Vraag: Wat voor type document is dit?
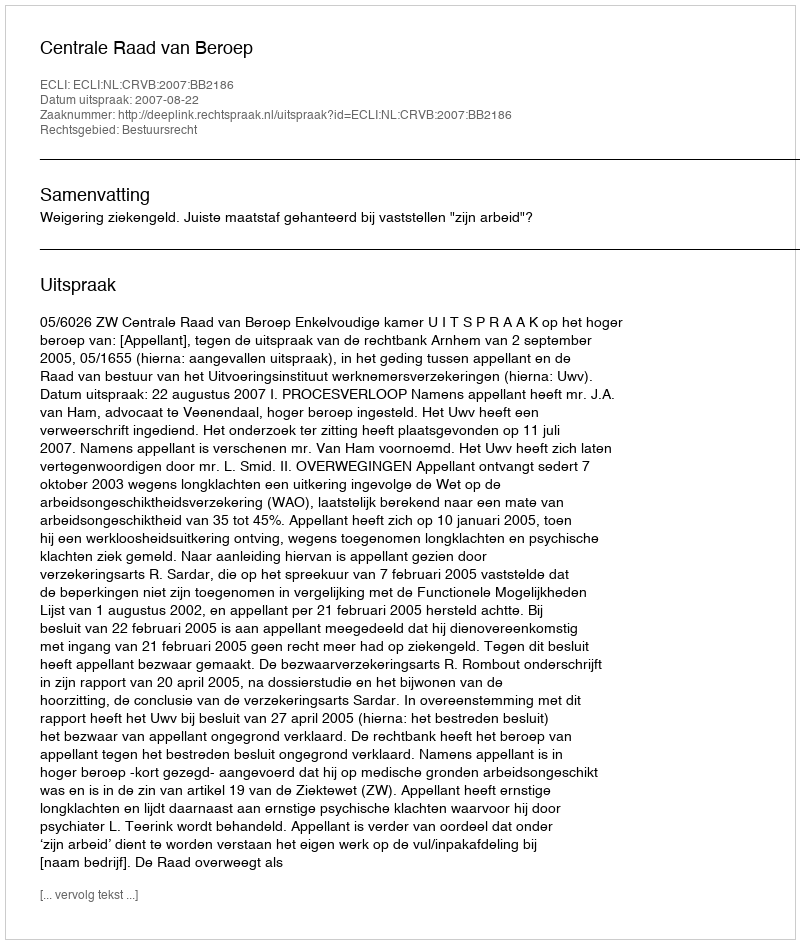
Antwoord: Uitspraak